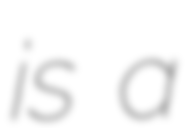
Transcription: is a